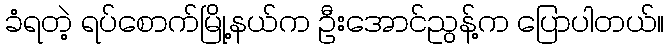
ခံရတဲ့ ရပ်စောက်မြို့နယ်က ဦးအောင်ညွန့်က ပြောပါတယ်။